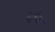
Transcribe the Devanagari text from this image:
ह्युमेल